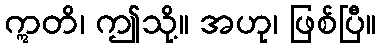
ဣတိ၊ ဤသို့။ အဟု၊ ဖြစ်ပြီ။